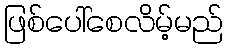
ဖြစ်ပေါ်စေလိမ့်မည်